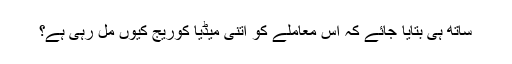
ساتھ ہی بتایا جائے کہ اس معاملے کو اتنی میڈیا کوریج کیوں مل رہی ہے؟